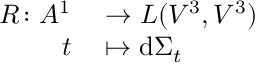
\begin{array} { r l } { R \colon A ^ { 1 } } & { { } \to L ( V ^ { 3 } , V ^ { 3 } ) } \\ { t } & { { } \mapsto \mathrm { d } \Sigma _ { t } } \end{array}